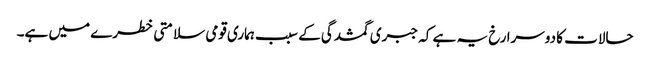
حالات کا دوسرا رخ یہ ہے کہ جبری گمشدگی کے سبب ہماری قومی سلامتی خطرے میں ہے۔